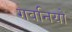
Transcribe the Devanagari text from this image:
गवनियों